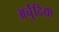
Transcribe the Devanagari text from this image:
अर्चुंदिया